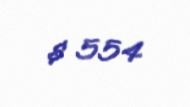
$ 554